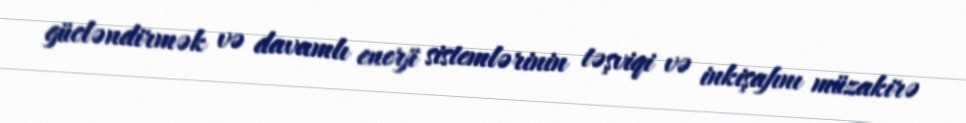
gücləndirmək və davamlı enerji sistemlərinin təşviqi və inkişafını müzakirə